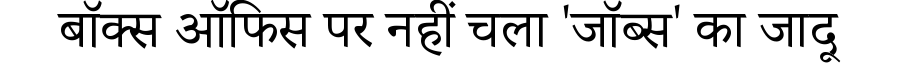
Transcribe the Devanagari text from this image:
बॉक्स ऑफिस पर नहीं चला 'जॉब्स' का जादू